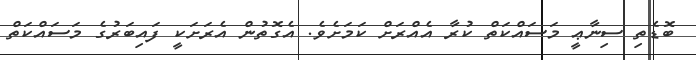
ބޮޑެތި ސިނާޢީ މަސައްކަތް ކުރާ އެއްރަށް ކަމަށެވެ. އެގޮތުން އެރަށަކީ ފައިބަރުގެ މަސައްކަތް